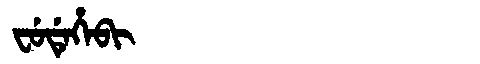
Manchu: ᠸᡠᡩᡝᡥᡝᠪᡳ
Romanization: FUDEHEBI